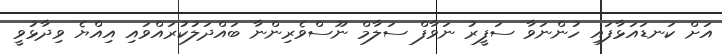
އަށް ކަނޑައަޅާފައި ހުންނަވާ ސަފީރު ނަވާފް ސަލާމް ނޫސްވެރިންނާ ބައްދަލުކުރައްވައި އިއްޔެ ވިދާޅުވީ